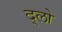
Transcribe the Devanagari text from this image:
द्लो